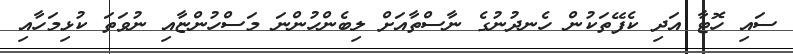
ސައި ހޮޓާ އަދި ކެފޭތަކުން ހެނދުނުގެ ނާސްތާއަށް ލިބެންހުންނަ މަސްހުންޏާއި ނުވަތަ ކުޅިމަހާއި